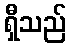
ရှီသည်